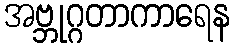
အဗ္ဘုဂ္ဂတာကာရေန